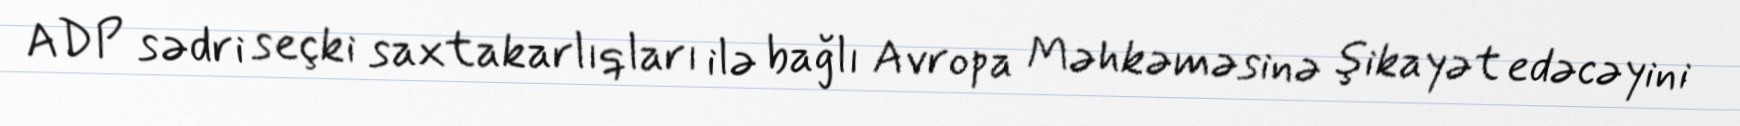
ADP sədri seçki saxtakarlıqları ilə bağlı Avropa Məhkəməsinə şikayət edəcəyini